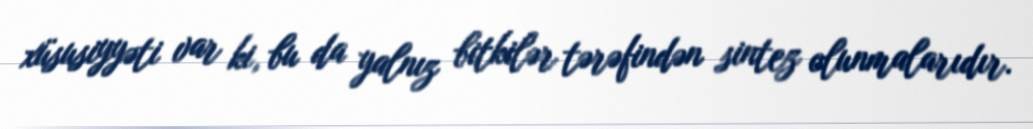
xüsusiyyəti var ki, bu da yalnız bitkilər tərəfindən sintez olunmalarıdır.